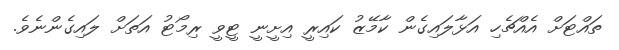
ތައްޓަށް އެއްޗެހި އަޅާލައިގެން ކާމޭޒު ކައިރީ އިށީނީ ޓީވީ ރިމޯޓު އަތަށް ލައިގެންނެވެ.